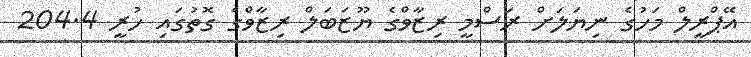
އޭޕްރީލް މަހުގެ ނިޔަލަށް ރަސްމީ ރިޒާވްގެ ޔޫޒަބަލް ރިޒާވްގެ ގޮތުގައި ހުރީ 204.4